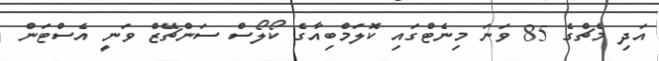
އަދި މެޗްގެ 85 ވަނަ މިނެޓްގައި ކޮލަމްބިއާގެ ކޯލޯސް ސަންޗޭޒް ވަނީ އެސްޓަން